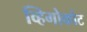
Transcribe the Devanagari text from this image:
व्हिगोकोट